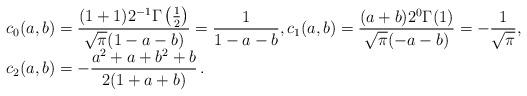
LaTeX: \begin{align*}\begin{array}{l}\displaystyle c_0(a,b)=\frac{(1+1)2^{-1}\Gamma\left(\frac{1}2\right)}{\sqrt\pi(1-a-b)}=\frac1{1-a-b},\displaystyle c_1(a,b)=\frac{(a+b)2^{0\vphantom{A^A}}\Gamma(1)}{\sqrt\pi(-a-b)}=-\frac1{\sqrt\pi},\\\displaystyle c_2(a,b)=-\frac{a^2+a+b^2+b}{2(1+a+b)}\,.\end{array}\end{align*}